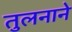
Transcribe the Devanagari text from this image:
तुलनाने